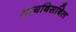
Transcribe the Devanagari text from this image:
आयबिसबिल